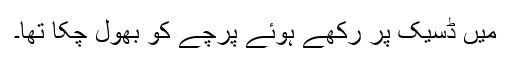
میں ڈسیک پر رکھے ہوئے پرچے کو بھول چکا تھا۔